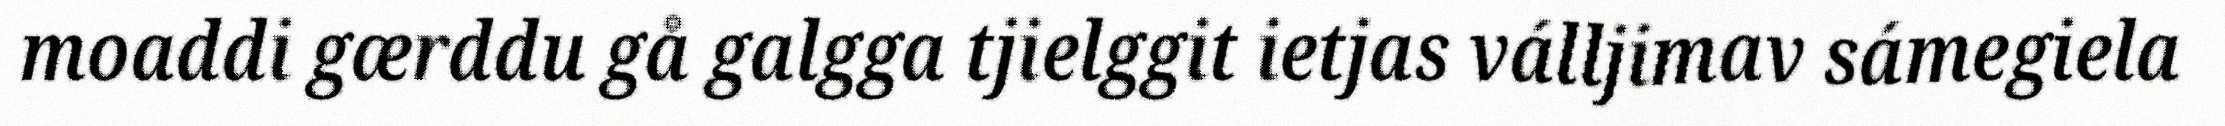
moaddi gærddu gå galgga tjielggit ietjas válljimav sámegiela